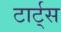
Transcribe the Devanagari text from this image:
टार्ट्‌स